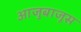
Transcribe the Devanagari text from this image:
आजुबाजूस